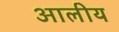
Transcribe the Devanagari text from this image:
आलीय